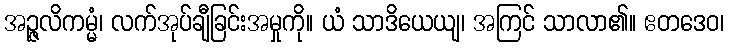
အဉ္ဇလိကမ္မံ၊ လက်အုပ်ချီခြင်းအမှုကို။ ယံ သာဒိယေယျ၊ အကြင် သာလာ၏။ ဧတဒေဝ၊